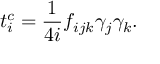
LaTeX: t _ { i } ^ { c } = \frac { 1 } { 4 i } f _ { i j k } { { \gamma } } _ { j } { { \gamma } } _ { k } .